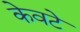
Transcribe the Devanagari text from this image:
केवटे